Lunatic asylums in Bengal annual reports 1912-1924 - 1912-1924
Year: 1912
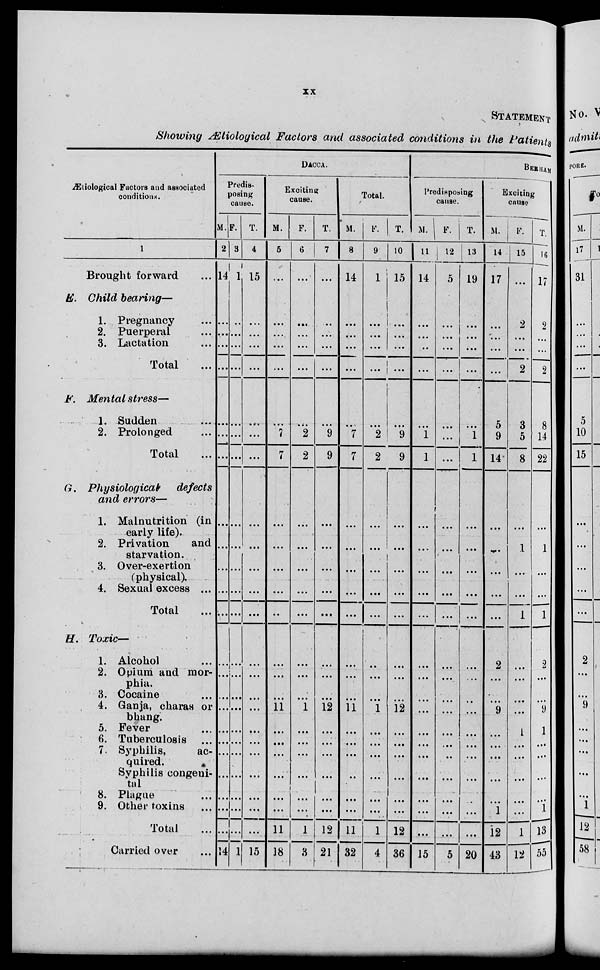
xx
STATEMENT
Showing Ætiological Factors and associated conditions in the Patients
Æiological Factors and associated
conditions.
1
Brought forward ...
E. Child bearing—
1. Pregnancy ...
2. Puerperal ...
3. Lactation
Total ...
F. Mental stress—
1. Sudden ...
2. Prolonged ...
Total ...
G. Physiological
defects
and errors—
1. Malnutrition (in
early life).
2. Privation
and
starvation.
3. Over-exertion
(physical).
4. Sexual excess ...
Total ...
H. Toxic—
1. Alcohol ...
2. Opium and mor-
phia.
3. Cocaine ...
4. Ganja, charas of
bhang.
5. Fever ...
6. Tuberculosis ...
7 Syphilis,
ac-
quired.
Syphilis congeni¬
tal
8. Plague ...
9. Other toxins ...
Total ...
Carried over ...
DACCA
Predis¬
posing
cause.
M.
2
14
…
...
...
...
...
...
...
...
...
...
...
...
...
...
...
...
...
...
...
...
...
...
...
14
F.
3
1
…
...
...
...
...
...
...
...
...
...
...
...
...
...
...
...
...
...
...
...
...
...
...
1
T.
4
15
…
...
...
...
...
...
...
...
...
...
...
...
...
...
...
...
...
...
...
...
...
...
...
15
Exciting
cause.
M.
5
...
...
...
...
...
...
7
7
...
...
...
...
...
...
...
...
11
...
...
...
...
...
...
11
18
F.
6
...
...
...
...
...
...
2
2
...
...
...
...
...
...
...
...
1
...
...
...
...
...
...
1
3
T.
7
...
…
...
...
...
...
9
9
...
...
...
...
...
...
...
...
12
...
...
...
...
...
...
12
21
Total.
M.
8
14
...
...
...
...
...
7
7
...
...
...
...
...
...
...
...
11
...
...
...
...
...
...
11
32
F.
9
1
...
...
...
...
...
2
2
...
...
...
...
...
...
...
...
1
...
...
...
...
...
...
1
4
T.
10
15
...
...
...
...
...
9
9
...
...
...
...
...
...
...
...
12
...
...
...
...
...
...
12
36
BERHAMPORE.
Predisposing
cause.
M.
1 1
14
...
...
...
...
...
1
1
...
...
...
...
...
...
...
...
...
...
...
...
...
...
...
...
15
F.
12
5
...
...
...
...
...
...
...
...
...
...
...
...
...
...
...
...
...
...
...
...
...
...
...
5
T.
13
19
...
...
...
...
...
1
1
...
...
...
...
...
...
...
...
...
...
...
...
...
...
...
...
20
Exciting
cause.
M.
14
17
...
...
...
...
5
9
14
...
...
...
...
...
2
...
...
9
...
...
...
...
...
1
12
43
F.
15
...
2
...
...
2
3
5
8
...
1
...
...
1
...
...
...
...
1
...
...
...
...
...
1
12
T.
16
17
2
...
...
2
8
14
22
...
1
...
...
1
2
...
...
9
1
...
...
...
...
1
13
55